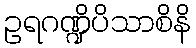
ဥရဂဏ္ဍိပိသာစိနိ